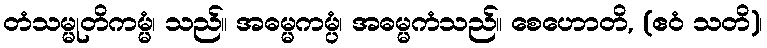
တံသမ္မုတိကမ္မံ၊ သည်။ အဓမ္မကမ္ပံ၊ အဓမ္မကံသည်။ စေဟောတိ, (ဧဝံ သတိ)၊